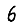
Digit: 6